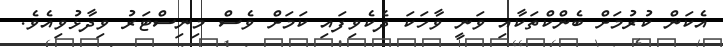
އެކަން ކުރުމަށް ބެންކްތަކާއި ވަނީ ވާހަކަ ދެކެވިފައި ކަމަށް ވެސް މިނިސްޓަރު ވިދާޅުވިއެވެ.